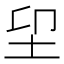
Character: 𡊂